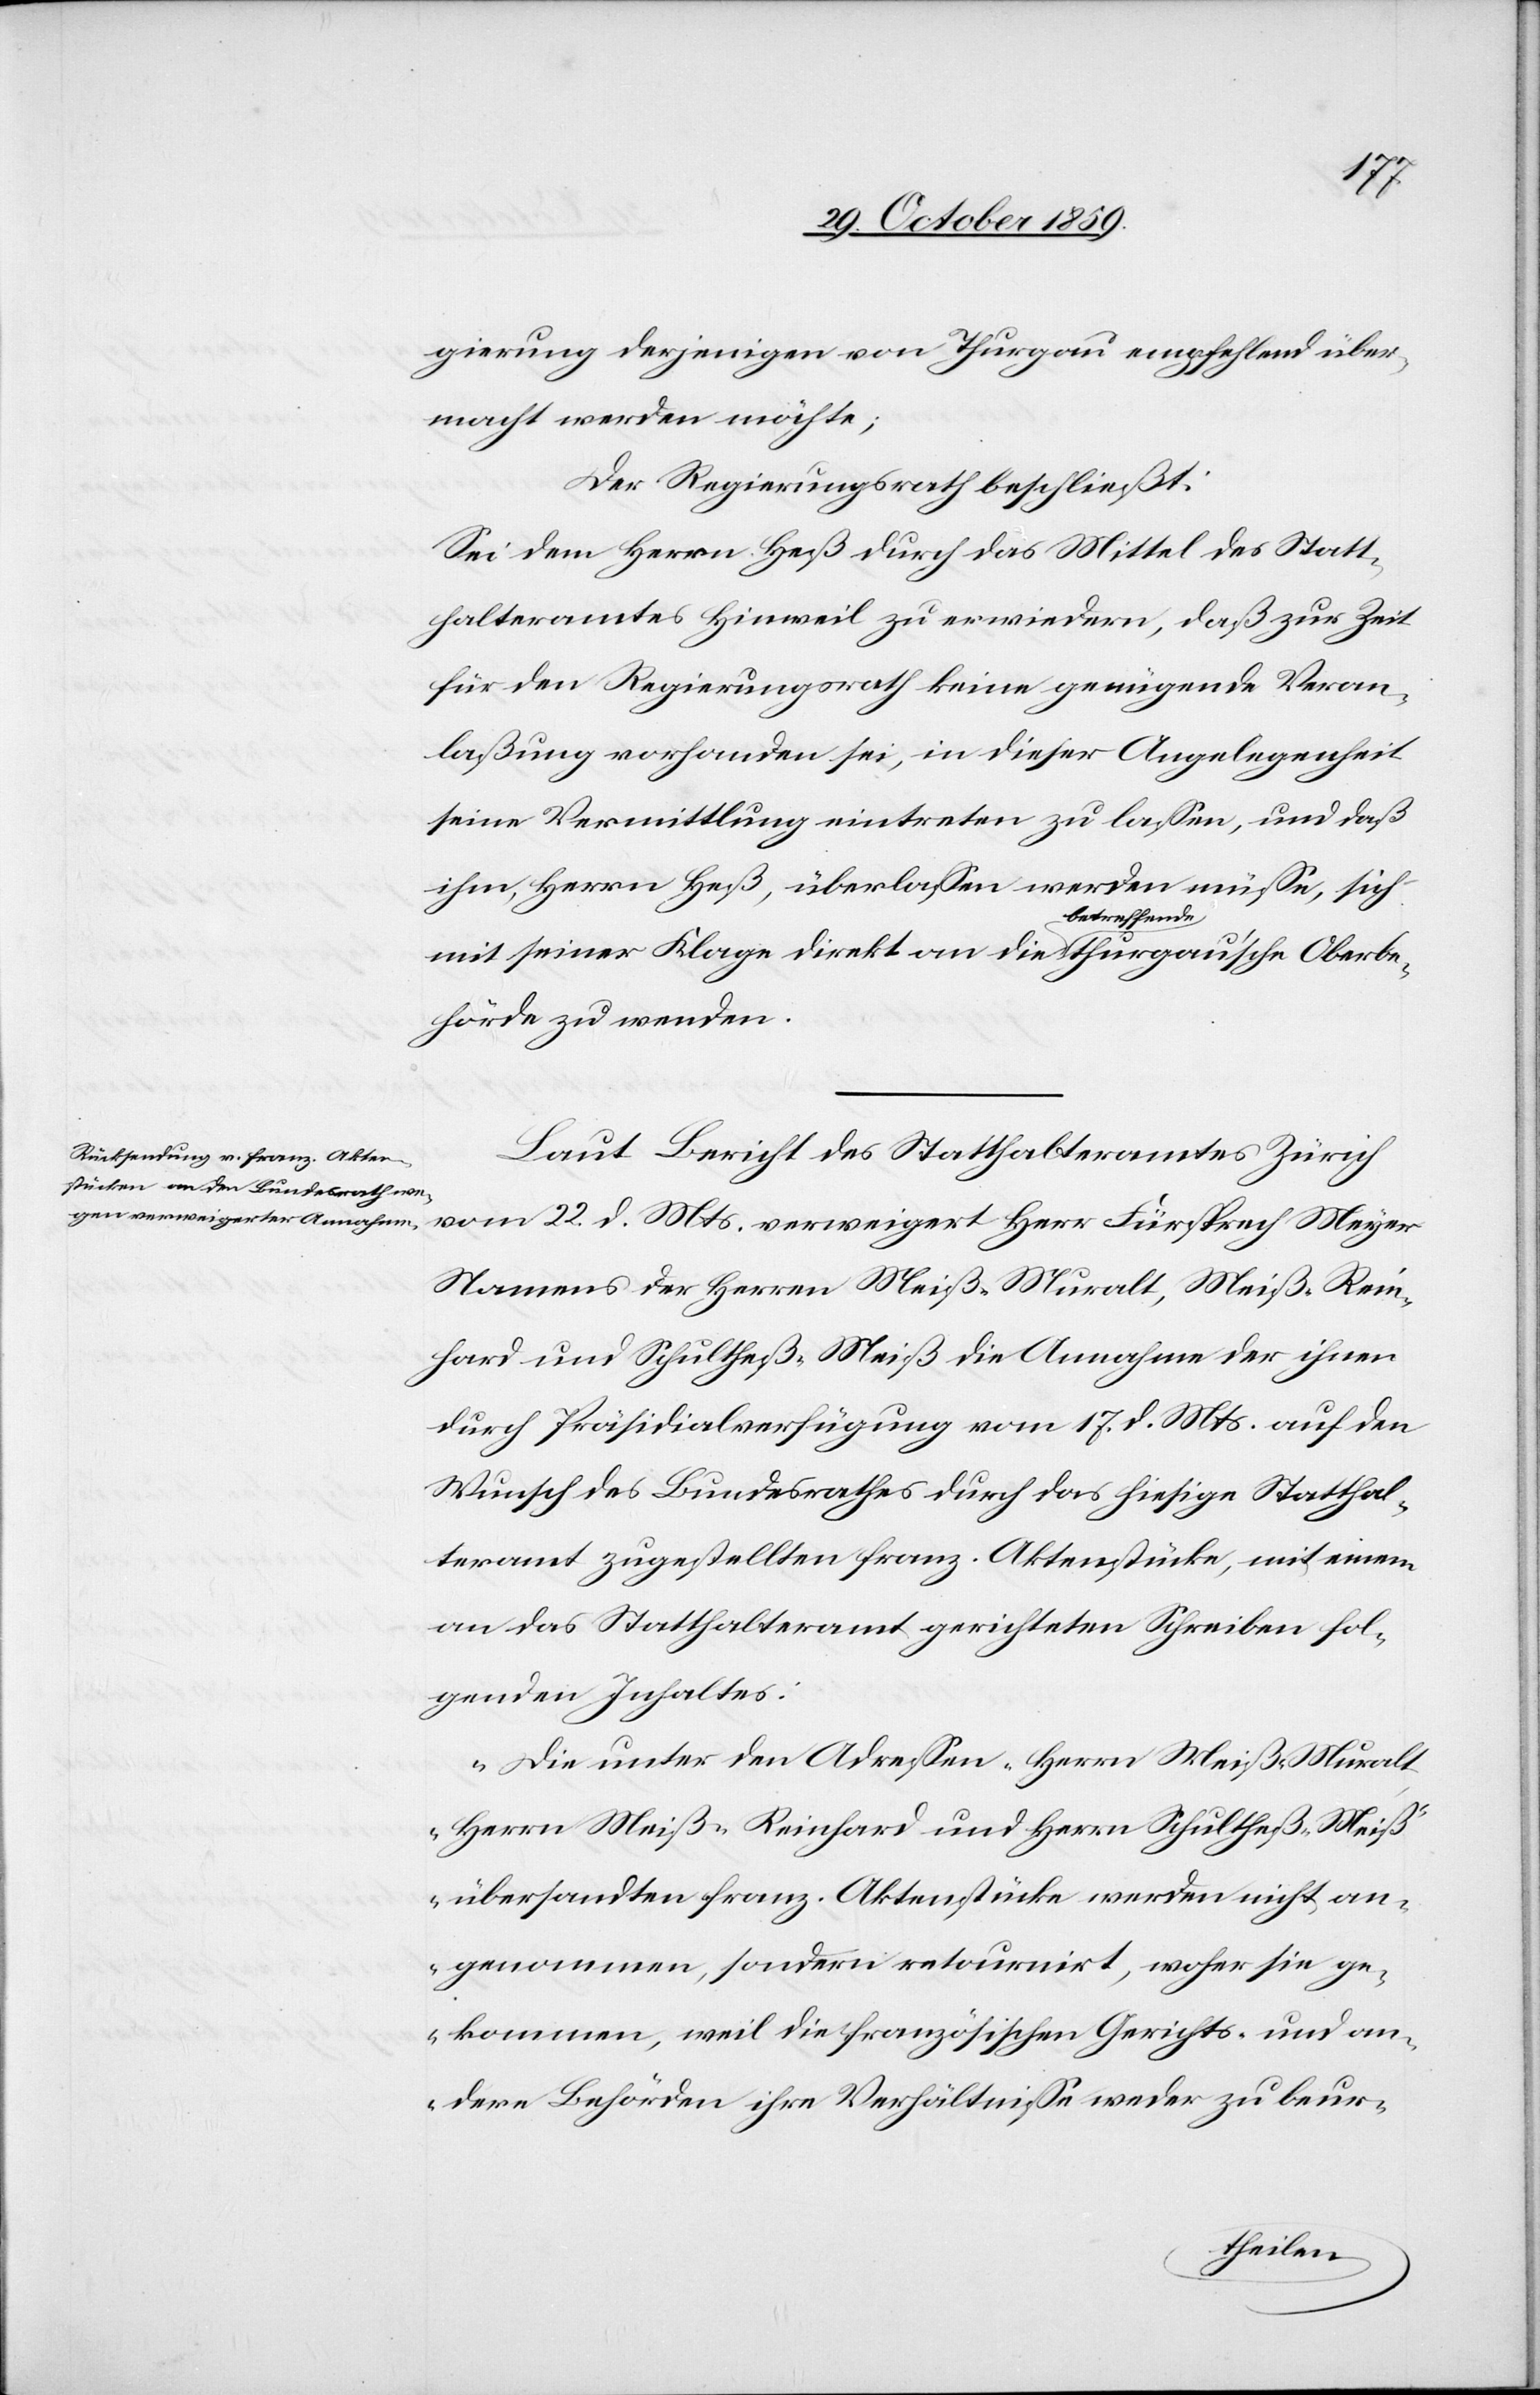
gierung derjenigen von Thurgau empfehlend über¬
macht werden möchte;
Der Regierungsrath beschließt:
Sei dem Herrn Heß durch das Mittel des Statt¬
halteramtes Hinweil zu erwiedern, daß zur Zeit
für den Regierungsrath keine genügende Veran¬
laßung vorhanden sei, in dieser Angelegenheit
seine Vermittlung eintreten zu lassen, und daß
ihm, Herrn Heß, überlassen werden müsse, sich
mit seiner Klage direkt an die a-betreffende-a thurgau’sche Oberbe¬
hörde zu wenden.
Laut Bericht des Statthalteramtes Zürich
vom 22. d. Mts. verweigert Herr Fürsprech Meyer
Namens der Herren Meiß-Muralt, Meiß-Rein¬
hard und Schultheß-Meiß die Annahme der ihnen
durch Präsidialverfügung vom 17 d. Mts. auf den
Wunsch des Bundesrathes durch das hiesige Statthal¬
teramt zugestellten franz. Aktenstücke, mit einem
an das Statthalteramt gerichteten Schreiben fol¬
genden Inhaltes:
„Die unter den Adressen „Herrn Meiß-Muralt,
Herrn Meiß-Reinhard und Herrn Schultheß-Meiß“
übersandten franz. Aktenstücke wurden nicht an¬
genommen, sondern retournirt, woher sie ge¬
kommen, weil die französischen Gerichts- und an¬
dern Behörden ihre Verhältnisse weder zu beur-